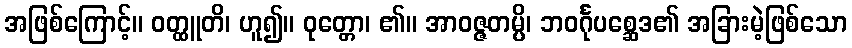
အဖြစ်ကြောင့်။ ဝတ္ထူတိ၊ ဟူ၍။ ဝုတ္တော၊ ၏။ အာဝဇ္ဇတမ္ပိ၊ ဘဝင်္ဂုပစ္ဆေဒ၏ အခြားမဲ့ဖြစ်သော